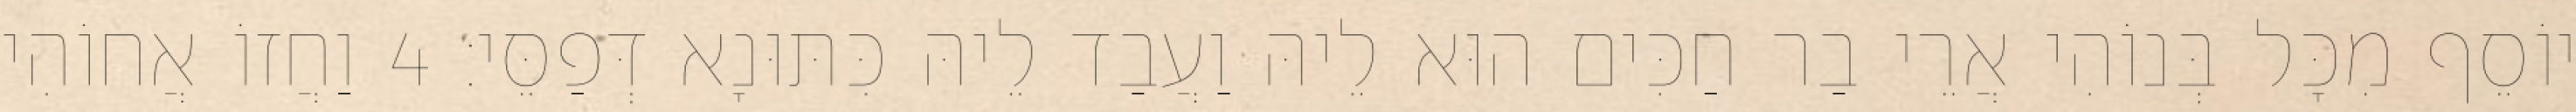
יוֹסֵף מִכָּל בְּנוֹהִי אֲרֵי בַר חַכִּים הוּא לֵיהּ וַעֲבַד לֵיהּ כִּתּוּנָא דְּפַסֵּי׃ 4 וַחֲזוֹ אֲחוֹהִי